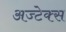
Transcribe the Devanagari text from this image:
अज्टेक्स